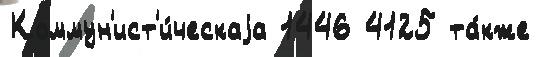
Коммун'ист'и́ческаjа 1446 4125 та́кже